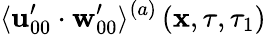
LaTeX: \langle\mathbf{u}_{00}^{\prime}\cdot\mathbf{w}_{00}^{\prime}\rangle^{(a)}\left(\mathbf{x},\tau,\tau_{1}\right)